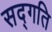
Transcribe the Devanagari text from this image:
सद्‍गति